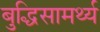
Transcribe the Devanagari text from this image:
बुद्धिसामर्थ्य